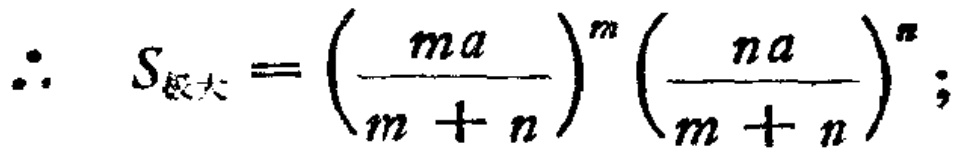
\(\therefore S_{极大}=\left(\frac{ma}{m + n}\right)^m\left(\frac{na}{m + n}\right)^n;\)